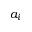
a _ { i }